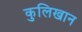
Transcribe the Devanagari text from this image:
कुलिखान